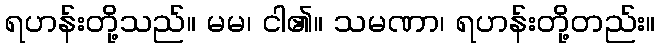
ရဟန်းတို့သည်။ မမ၊ ငါ၏။ သမဏာ၊ ရဟန်းတို့တည်း။